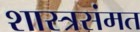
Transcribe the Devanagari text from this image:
शास्त्रसंमत